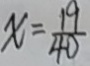
x = \frac { 1 9 } { 4 0 }